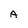
Character: A